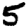
Digit: 5